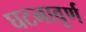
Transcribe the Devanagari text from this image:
घटनावूर्ण